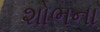
શોભના